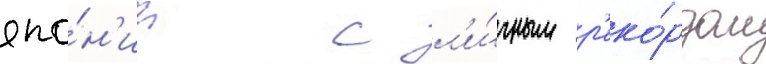
япо́н'ии с л'и́чным р'еко́рдом